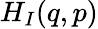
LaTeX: H_{I}(q,p)